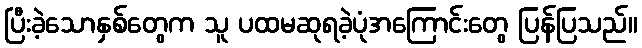
ပြီးခဲ့သောနှစ်တွေက သူ ပထမဆုရခဲ့ပုံအကြောင်းတွေ ပြန်ပြသည်။